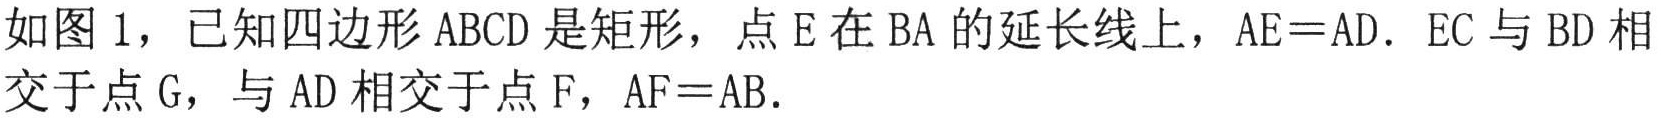
如图 1，已知四边形 \(ABCD\) 是矩形，点 \(E\) 在 \(BA\) 的延长线上，\(AE = AD\). \(EC\) 与 \(BD\) 相
交于点 \(G\)，与 \(AD\) 相交于点 \(F\)，\(AF = AB\).